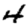
Digit: 4